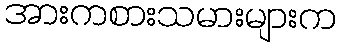
အားကစားသမားများက